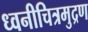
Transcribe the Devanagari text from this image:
ध्वनीचित्रमुद्रण